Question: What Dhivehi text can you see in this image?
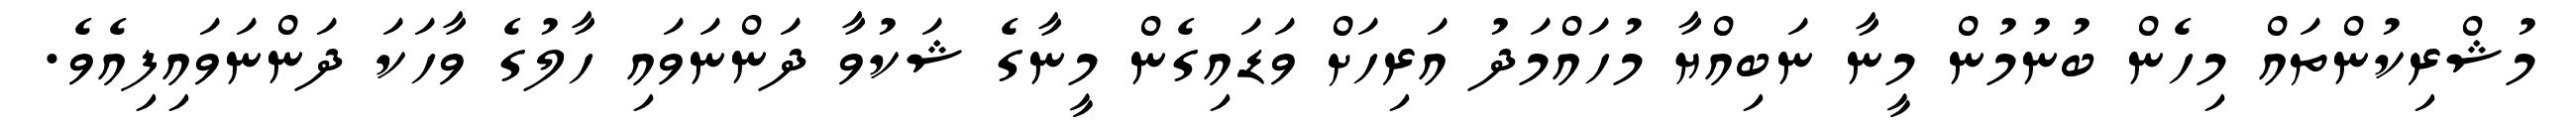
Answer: މުޝްރިކުންތައް މިހެން ބުނުމުން މީނާ ނަބިއްޔާ މުހައްމަދު އަރިހަށް ވަޑައިގެން މީނާގެ ޝަކުވާ ދަންނަވައި ހާލުގެ ވާހަކަ ދަންނަވައިފިއެވެ.